Cholera in India, 1862 to 1881
Year: 1862
Disease focus: Cholera
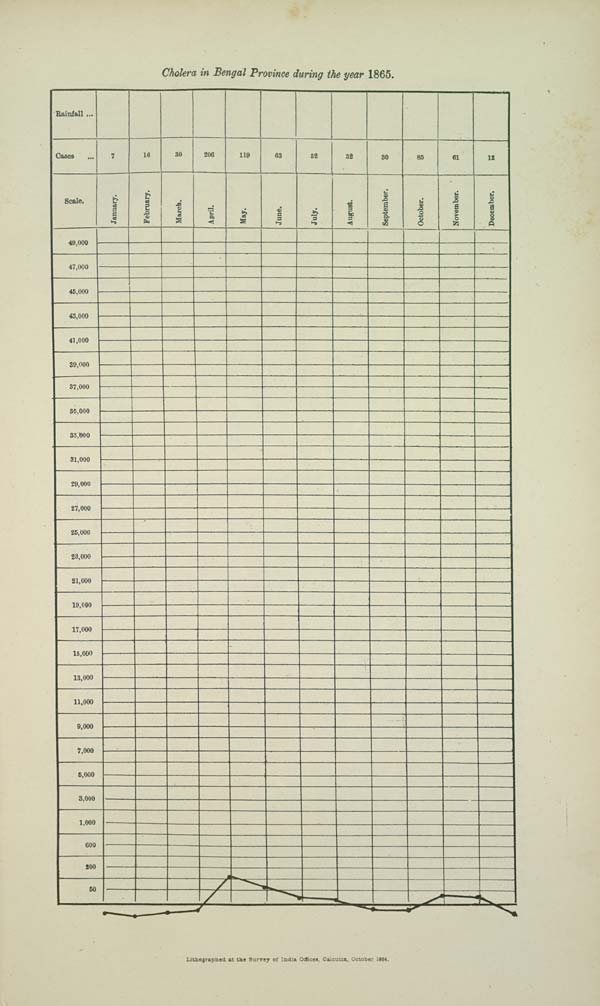
Cholera in Bengal Province during the year 1865.
Lithographed at the Survey of India Offices, Calcutta, October 1884.